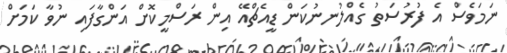
ނަމަވެސް އެ ފުރުސަތު ގެއްލުނނުކަން ޑީއެޗްއޭ އިން ރަސްމީކޮށް އަންގާފައި ނުވާ ކަމަށް